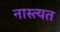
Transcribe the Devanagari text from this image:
नास्त्यत